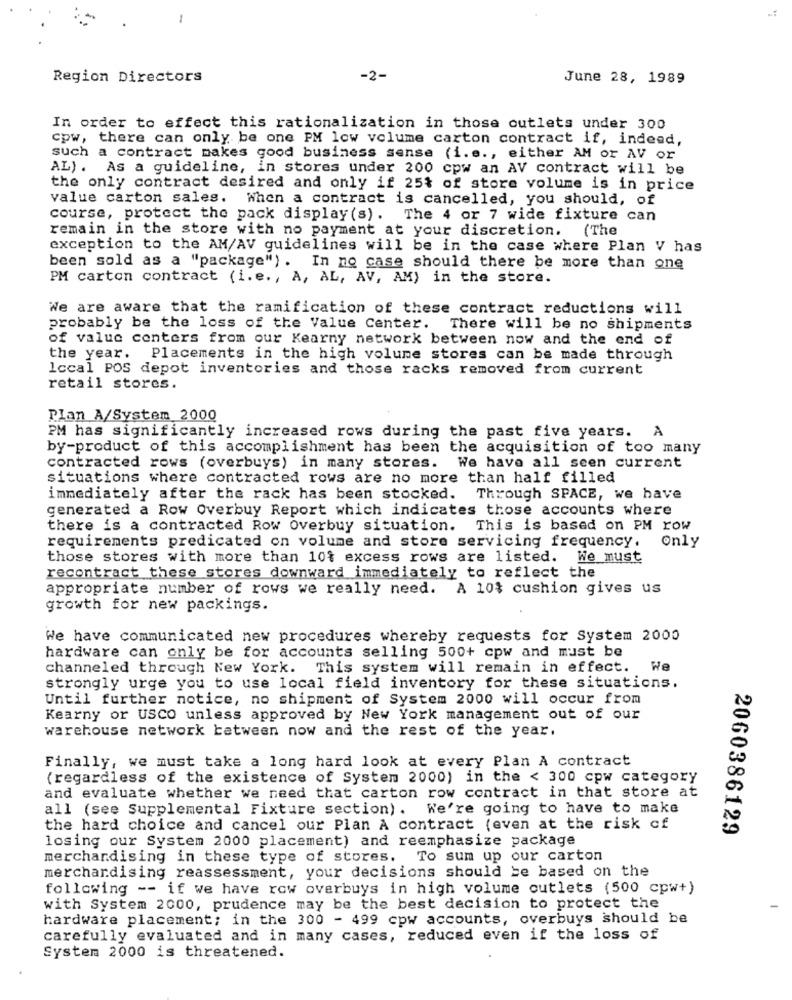
-
Region Directors
-2-
June 28, 1989
In order to effect this rationalization in those outlets under 300
cpw, there can only be one PM low volume carton contract if, indeed,
such a contract makes good business sense (i.s ., either AM or AV or
AL) . As a guideline, in stores under 200 cpw an AV contract will be
the only contract desired and only if 25% of store volume is in price
value carton sales. When a contract is cancelled, you should, of
course, protect the pack display (s). The 4 or 7 wide fixture can
remain in the store with no payment at your discretion. (The
exception to the AM/AV guidelines will be in the case where Plan V has
been sold as a "package") . In no case should there be more than one
PM carton contract (i.e ., A, AL, AV, AM) in the store.
We are aware that the ramification of these contract reductions will
probably be the loss of the Value Center. There will be no shipments
of value centers from our Kearny network between now and the end of
the year. Placements in the high volume stores can be made through
Iccal POS depot inventories and those racks removed from current
retail stores.
Plan A/System 2000
PM has significantly increased rows during the past five years.
by-product of this accomplishment has been the acquisition of too many
contracted rows (overbuys) in many stores. We have all seen current
situations where contracted rows are no more than half filled
immediately after the rack has been stocked. Through SPACE, we have
generated a Row Overbuy Report which indicates those accounts where
there is a contracted Row Overbuy situation. This is based on PM row
requirements predicated on volume and store servicing frequency.
Only
those stores with more than 10$ excess rows are listed. We must
recontract these stores downward immediately to reflect the
appropriate number of rows we really need. A 10% cushion gives us
growth for new packings.
We have communicated new procedures whereby requests for System 2000
hardware can only be for accounts selling 500+ cpw and must be
channeled through New York. This system will remain in effect. We
strongly urge you to use local field inventory for these situations.
Until further notice, no shipment of System 2000 will occur from
Kearny or USCO unless approved by New York management out of our
warehouse network between now and the rest of the year.
Finally, we must take a long hard look at every Plan A contract
( regardless of the existence of System 2000) in the < 300 cpw category
and evaluate whether we need that carton row contract in that store at
all (see Supplemental Fixture section). We're going to have to make
the hard choice and cancel our Plan A contract (even at the risk of
2060386129
losing our System 2000 placement) and reemphasize package
merchandising in these type of stores. To sum up our carton
merchandising reassessment, your decisions should be based on the
following -- if we have row overbuys in high volume cutlets (500 cpw+)
with System 2000, prudence may be the best decision to protect the
hardware placement; in the 300 - 499 cpw accounts, overbuys should be
carefully evaluated and in many cases, reduced even if the loss of
System 2000 is threatened.